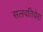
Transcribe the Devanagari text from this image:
सलवतियेरा